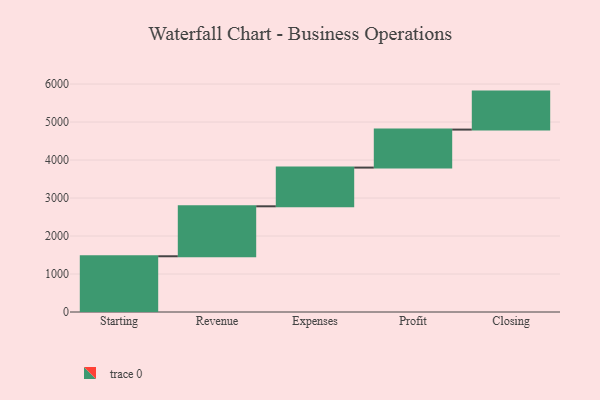
{"axis": {"x": "Step", "y": "Value"}, "legend": [""], "data": [{"x": "Starting", "y": 1467.0, "type": ""}, {"x": "Revenue", "y": 1315.0, "type": ""}, {"x": "Expenses", "y": 1019.0, "type": ""}, {"x": "Profit", "y": 1000, "type": ""}, {"x": "Closing", "y": 1000, "type": ""}]}